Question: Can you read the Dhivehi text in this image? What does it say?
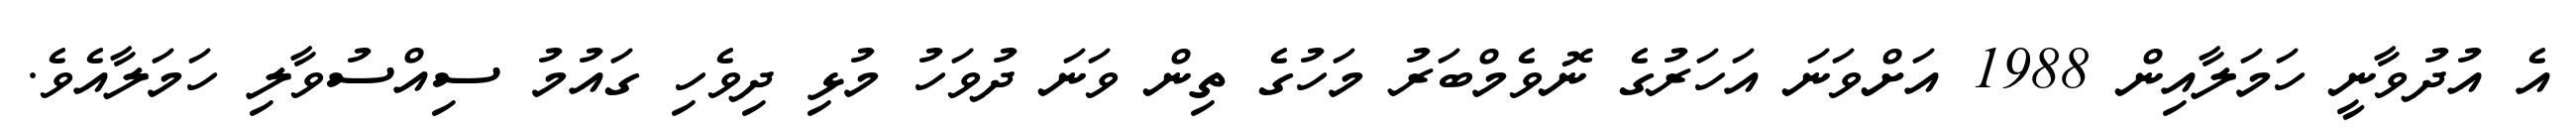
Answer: އެ އުދުވާނީ ހަމަލާއިން 1988 އަށްވަނަ އަހަރުގެ ނޮވެމްބަރު މަހުގެ ތިން ވަނަ ދުވަހު މުޅި ދިވެހި ގައުމު ސިއްސުވާލި ހަމަލާއެވެ.